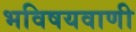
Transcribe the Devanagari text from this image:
भविषयवाणी